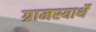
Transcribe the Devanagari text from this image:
ग्रामस्यार्थे